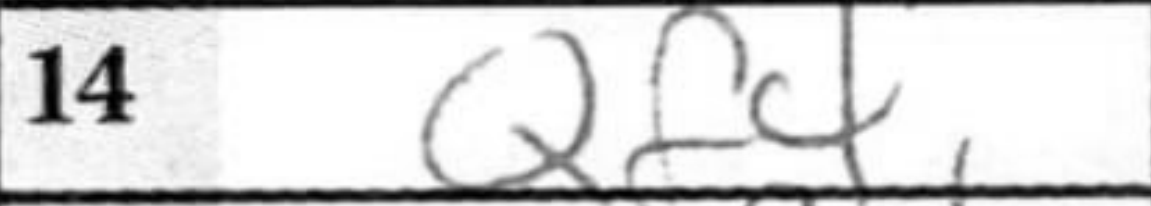
Transcription: Qf4